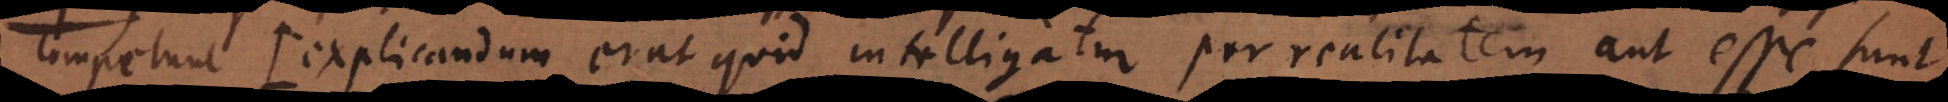
competunt (explicandum erat quid intelligatur per realitatem aut esse, sunt